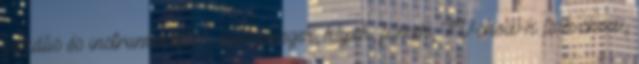
vokális és instrumentális ; dalszövegek; klipek; filmek; TV-show-k talk-show,